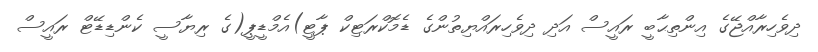
ދިވެހިރާއްޖޭގެ އިންތިޙާބީ ރައީސް އަދި ދިވެހިރައްޔިތުންގެ ޑެމޮކްރަޓިކް ޕާޓީ)އެމްޑީޕީ(ގެ ރިޔާސީ ކެންޑިޑޭޓް ރައީސް